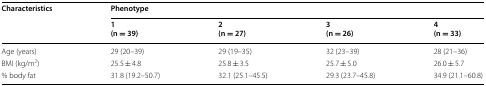
| <ROWSPAN=2> Characteristics | <COLSPAN=4> Phenotype |
 | 1(n = 39) | 2(n = 27) | 3(n = 26) | 4(n = 33) |
 | --- | --- | --- | --- | --- |
 | Age (years) | 29 (20–39) | 29 (19–35) | 32 (23–39) | 28 (21–36) |
 | BMI (kg/m2) | 25.5 ± 4.8 | 25.8 ± 3.5 | 25.7 ± 5.0 | 26.0 ± 5.7 |
 | % body fat | 31.8 (19.2–50.7) | 32.1 (25.1–45.5) | 29.3 (23.7–45.8) | 34.9 (21.1–60.8) |